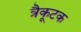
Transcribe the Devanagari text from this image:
त्रैकूटक